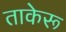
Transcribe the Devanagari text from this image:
ताकेरू